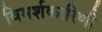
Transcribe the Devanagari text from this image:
विमर्शकारिणी